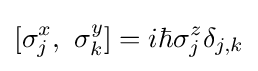
[\sigma _{j}^{x},~\sigma _{k}^{y}]=i\hbar \sigma _{j}^{z}\delta _{j,k}